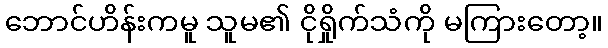
ဘောင်ဟိန်းကမူ သူမ၏ ငိုရှိုက်သံကို မကြားတော့။